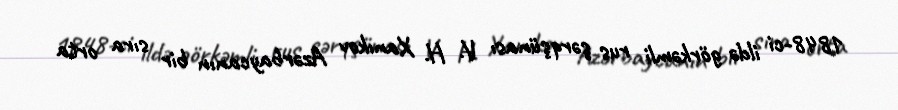
1848-ci ildə görkəmli rus şərqşünası V. H. Xanıkov Azərbaycanın bir sıra orta